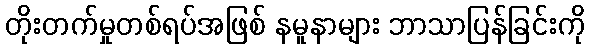
တိုးတက်မှုတစ်ရပ်အဖြစ် နမူနာများ ဘာသာပြန်ခြင်းကို